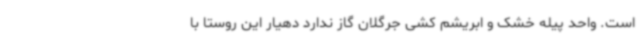
است. واحد پیله خشک و ابریشم کشی جرگلان گاز ندارد دهیار این روستا با